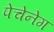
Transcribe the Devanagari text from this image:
पेचेनेग